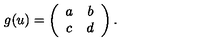
g ( u ) = \left( \begin{array} { c c } { a } & { b } \\ { c } & { d } \\ \end{array} \right) .